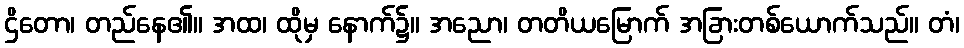
ဌိတော၊ တည်နေ၏။ အထ၊ ထိုမှ နောက်၌။ အညော၊ တတိယမြောက် အခြားတစ်ယောက်သည်။ တံ၊